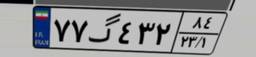
۹۵گ۶۸۴۲۳